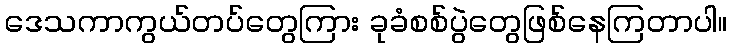
ဒေသကာကွယ်တပ်တွေကြား ခုခံစစ်ပွဲတွေဖြစ်နေကြတာပါ။